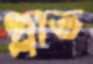
গ্লাভ